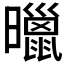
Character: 𣋲